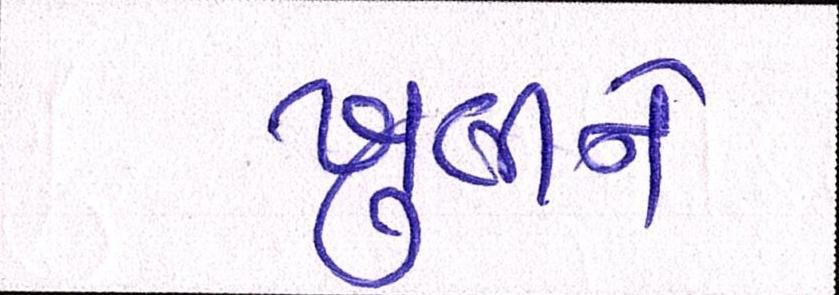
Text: ખુલીને